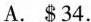
A.$34.